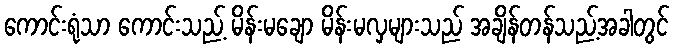
ကောင်းရုံသာ ကောင်းသည့် မိန်းမချော မိန်းမလှများသည် အချိန်တန်သည့်အခါတွင်